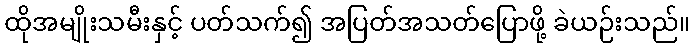
ထိုအမျိုးသမီးနှင့် ပတ်သက်၍ အပြတ်အသတ်ပြောဖို့ ခဲယဉ်းသည်။